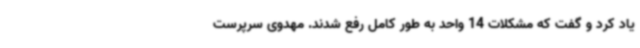
یاد کرد و گفت که مشکلات 14 واحد به طور کامل رفع شدند. مهدوی سرپرست